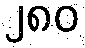
၂၈၀